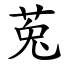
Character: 莵